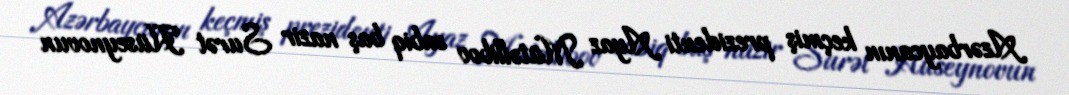
Azərbaycanın keçmiş prezidenti Ayaz Mütəllibov sabiq baş nazir Surət Hüseynovun